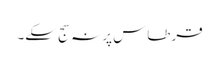
قرطاس پر نہ سج سکے۔